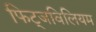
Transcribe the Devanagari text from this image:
फिट्जविलियम